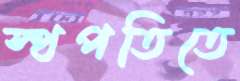
স্থপতিতে